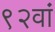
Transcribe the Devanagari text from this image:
९२वां